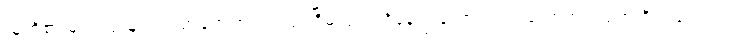
သူတို့၏ မျက်လုံးများသည် အေးစက် တည်ငြိမ်လျက် ရှိနေကြသော်လည်း တောက်ပလျက် ရှိကြလေသည်။